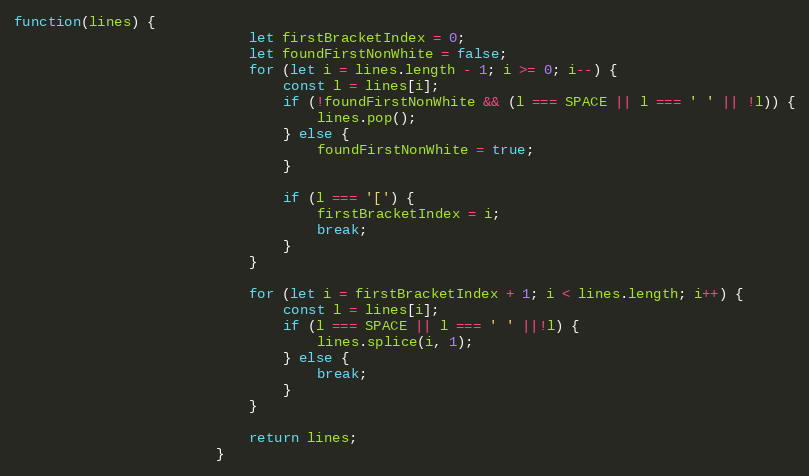
Language: JavaScript
function(lines) {
							let firstBracketIndex = 0;
							let foundFirstNonWhite = false;
							for (let i = lines.length - 1; i >= 0; i--) {
								const l = lines[i];
								if (!foundFirstNonWhite && (l === SPACE || l === ' ' || !l)) {
									lines.pop();
								} else {
									foundFirstNonWhite = true;
								}

								if (l === '[') {
									firstBracketIndex = i;
									break;
								}
							}

							for (let i = firstBracketIndex + 1; i < lines.length; i++) {
								const l = lines[i];
								if (l === SPACE || l === ' ' ||!l) {
									lines.splice(i, 1);
								} else {
									break;
								}
							}

							return lines;
						}